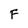
Character: F